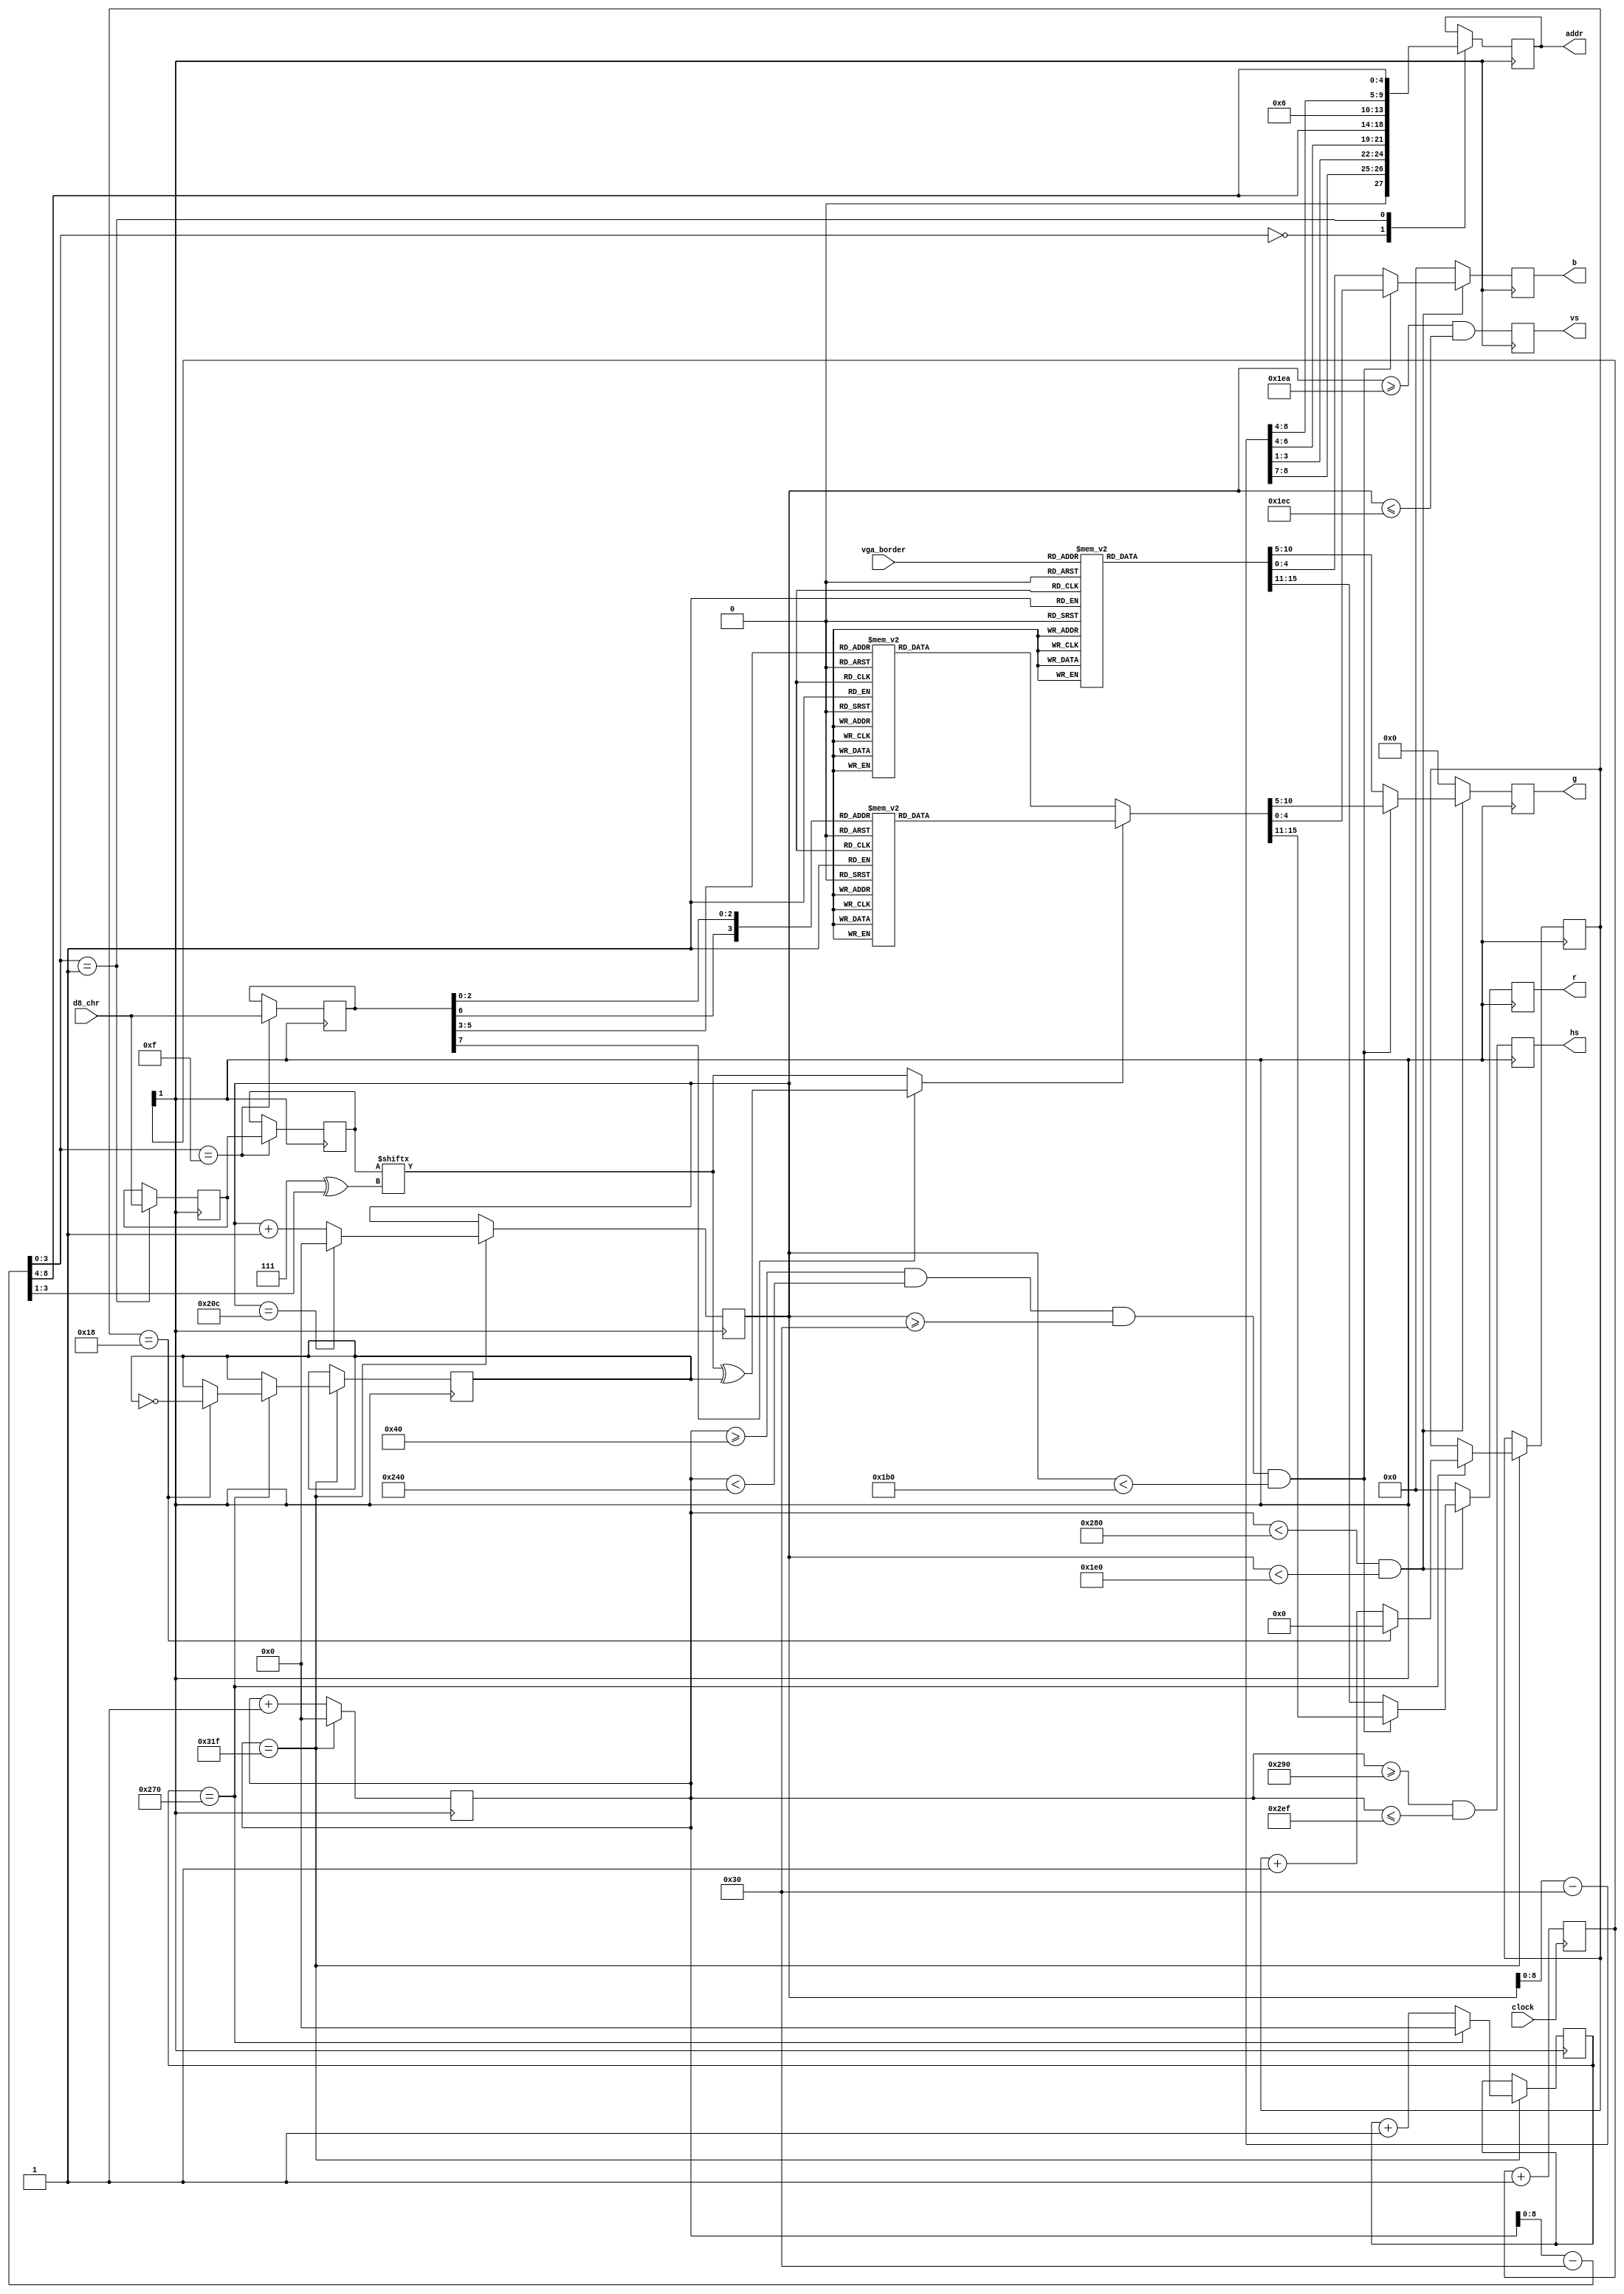
/*
 * 
 */
 
module vadapter(

    input wire        clock,        
    input wire [7:0]  d8_chr,
    input wire [2:0]  vga_border,
    output reg [13:0] addr,
    output reg [4:0]  r,
    output reg [5:0]  g,
    output reg [4:0]  b,
    output reg        hs,
    output reg        vs
);

// ---------------------------------------------------------------------------
// http://tinyvga.com/vga-timing/640x480@60Hz
// ---------------------------------------------------------------------------

reg  [9:0] x;
reg  [9:0] y;
reg  [7:0] attr;
reg  [7:0] bit8;
reg  [7:0] mask;

wire [9:0] rx = x - 8'd48;
wire [9:0] ry = y - 8'd48;
wire       bitset = mask[ 3'h7 ^ rx[3:1] ];

reg [1:0] bdiv = 2'b00;
always @(posedge clock) bdiv <= bdiv + 1'b1;

reg [15:0] color_fr;
reg [15:0] color_bg;
reg [15:0] border;

reg [6:0] frame = 1'b0; // 0..49
reg [9:0] n = 1'b0; // 
reg       blink;

// 
always @* begin

    case ({attr[6],attr[2:0]})
    
        4'b0000: color_fr = 16'b00000_000000_00000;
        4'b0001: color_fr = 16'b00000_000000_11000;
        4'b0010: color_fr = 16'b11000_000000_00000;
        4'b0011: color_fr = 16'b11000_000000_11000;
        4'b0100: color_fr = 16'b00000_110000_00000;
        4'b0101: color_fr = 16'b00000_110000_11000;
        4'b0110: color_fr = 16'b11000_110000_00000;
        4'b0111: color_fr = 16'b11000_110000_11000;
        4'b1000: color_fr = 16'b00000_000000_00000;
        4'b1001: color_fr = 16'b00000_000000_11111;
        4'b1010: color_fr = 16'b11111_000000_00000;
        4'b1011: color_fr = 16'b11111_000000_11111;
        4'b1100: color_fr = 16'b00000_111111_00000;
        4'b1101: color_fr = 16'b00000_111111_11111;
        4'b1110: color_fr = 16'b11111_111111_00000;
        4'b1111: color_fr = 16'b11111_111111_11111;
    
    endcase
    
    case (attr[5:3]) 
    
        3'b000: color_bg = 16'b00000_000000_00000;
        3'b001: color_bg = 16'b00000_000000_11000;
        3'b010: color_bg = 16'b11000_000000_00000;
        3'b011: color_bg = 16'b11000_000000_11000;
        3'b100: color_bg = 16'b00000_110000_00000;
        3'b101: color_bg = 16'b00000_110000_11000;
        3'b110: color_bg = 16'b11000_110000_00000;
        3'b111: color_bg = 16'b11000_110000_11000;

    endcase
    
    case (vga_border[2:0]) 
    
        3'b000: border = 16'b00010_000011_00011; // ,    ""
        3'b001: border = 16'b00000_000000_11000;
        3'b010: border = 16'b11000_000000_00000;
        3'b011: border = 16'b11000_000000_11000;
        3'b100: border = 16'b00000_110000_00000;
        3'b101: border = 16'b00000_110000_11000;
        3'b110: border = 16'b11000_110000_00000;
        3'b111: border = 16'b11000_110000_11000;

    endcase

end

// 25 Mhz
always @(posedge bdiv[1]) begin

    if (x == 10'd799) begin
    
        x <= 1'b0;
        y <= (y == 10'd524) ? 1'b0 : (y + 1'b1);
        
        // 50   
        if (n == 10'd624) begin 
        
            n <= 1'b0; 
            
            //  1/2  - blink
            if (frame == 6'd24) begin
                
                frame <= 1'b0;
                blink <= !blink;
                
            end else begin            
                frame <= frame + 1'b1; 
            end
            
            // @todo do call interrupt 
            
        end else n <= n + 1'b1;
        
    end else x <= x + 1'b1;
    
    //  
    hs <= (x >= 10'd656 && x <= 10'd751); // [ w=640 ] [front=16] [sync=96] [back=48]
    vs <= (y >= 10'd490 && y <= 10'd492); // [ h=480 ] [front=10] [sync=2]  [back=33]
    
    // 
    // ------------------------------------------------
    if (x < 10'd640 && y < 10'd480) begin
    
        if (x >= 64 && x < 576 && y >= 48 && y < 432) begin
        
            //    "",  blink
            {r, g, b} <= (attr[7] ? (bitset ^ blink) : bitset) ? color_fr : color_bg;
            
        //    
        end else begin 
        
            {r, g, b} <= border;
            
        end
    
    end else begin r <= 1'b0; g <= 1'b0; b <= 1'b0; end
    // ------------------------------------------------
    
    case (rx[3:0])
    
        // 10Y Yyyy | YYYx xxxx
        4'h0: begin addr <= {2'b10, ry[8:7], ry[3:1], ry[6:4], rx[8:4]}; end 
        
        // 101 10yy | yyyx xxxx
        4'h1: begin addr <= {5'b10110, ry[8:4], rx[8:4]}; bit8 <= d8_chr; end 
        
        //  
        4'hF: begin attr <= d8_chr; mask <= bit8; end 

    endcase

end

endmodule